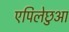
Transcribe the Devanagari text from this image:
एपिलेछुआ